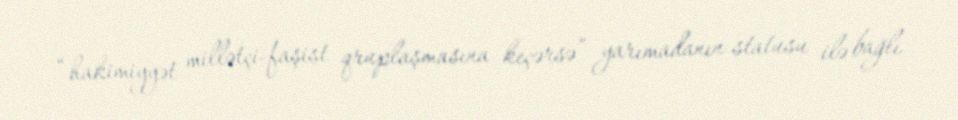
“hakimiyyət millətçi-faşist qruplaşmasına keçərsə” yarımadanın statusu ilə bağlı